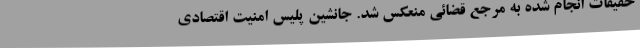
حقیقات انجام شده به مرجع قضائی منعکس شد. جانشین پلیس امنیت اقتصادی